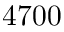
4 7 0 0